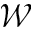
\mathcal { W }